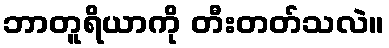
ဘာတူရိယာကို တီးတတ်သလဲ။